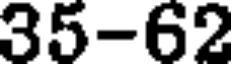
35-62